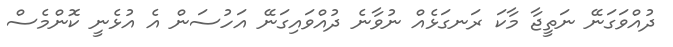
ދުއްވަގަނޭ ނަތީޖާ މާކަ ރަނގަޅެއް ނުވާނެ ދުއްވައިގަނޭ އަހުސަން އެ އުޅެނީ ކޮންމެސް